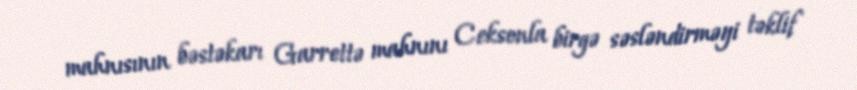
mahnısının bəstəkarı Garrettə mahnını Ceksonla birgə səsləndirməyi təklif